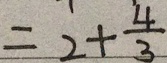
= 2 + \frac { 4 } { 3 }